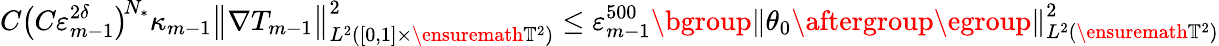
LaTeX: C\bigl(C\varepsilon_{m-1}^{2\delta}\bigr)^{\! N_{*}}\kappa_{m-1}\bigl\| \nabla T_{m-1}\bigr\| _{L^{2}([0,1]\times\ensuremath{\mathbb{T}}^{2})}^{2}\leq\varepsilon_{m-1}^{500}\mathopen{}\mathclose\bgroup\left\| \theta_{0}\aftergroup\egroup\right\| _{L^{2}(\ensuremath{\mathbb{T}}^{2})}^{2}